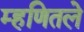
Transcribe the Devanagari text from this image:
म्हणितले